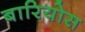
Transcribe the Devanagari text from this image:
बारियोस